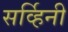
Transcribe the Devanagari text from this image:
सर्व्हिनी